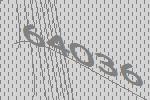
64036